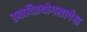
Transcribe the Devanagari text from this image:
इवादिप्रयोगसापेक्ष